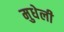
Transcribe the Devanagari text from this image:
मुधेली